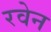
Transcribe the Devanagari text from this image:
रवेन